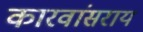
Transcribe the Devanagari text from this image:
कारवांसराय